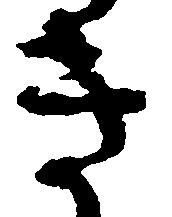
き